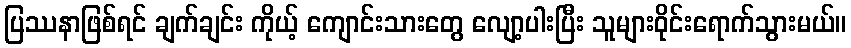
ပြဿနာဖြစ်ရင် ချက်ချင်း ကိုယ့် ကျောင်းသားတွေ လျော့ပါးပြီး သူများဝိုင်းရောက်သွားမယ်။